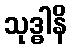
သုဒ္ဓါနိ